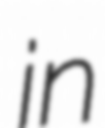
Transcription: in